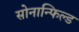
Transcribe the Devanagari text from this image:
सोनान्फिल्ड